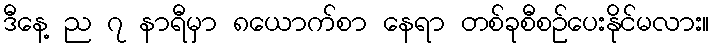
ဒီနေ့ ည ၇ နာရီမှာ ၈ယောက်စာ နေရာ တစ်ခုစီစဉ်ပေးနိုင်မလား။